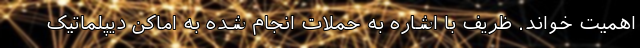
اهمیت خواند. ظریف با اشاره به حملات انجام شده به اماکن دیپلماتیک